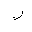
Letter: _lam